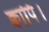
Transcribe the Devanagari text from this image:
क्वापि।